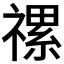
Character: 𥛧